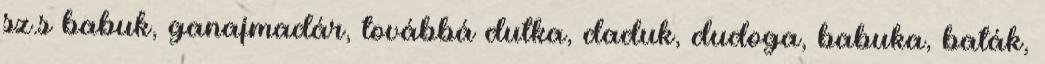
sz.s babuk, ganajmadár, továbbá dutka, daduk, dudoga, babuka, baták,